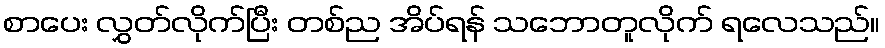
စာပေး လွှတ်လိုက်ပြီး တစ်ည အိပ်ရန် သဘောတူလိုက် ရလေသည်။